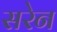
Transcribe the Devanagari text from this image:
सरेन